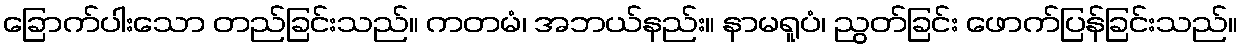
ခြောက်ပါးသော တည်ခြင်းသည်။ ကတမံ၊ အဘယ်နည်း။ နာမရူပံ၊ ညွတ်ခြင်း ဖောက်ပြန်ခြင်းသည်။